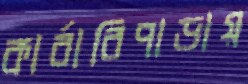
কার্বারিপাড়ায়